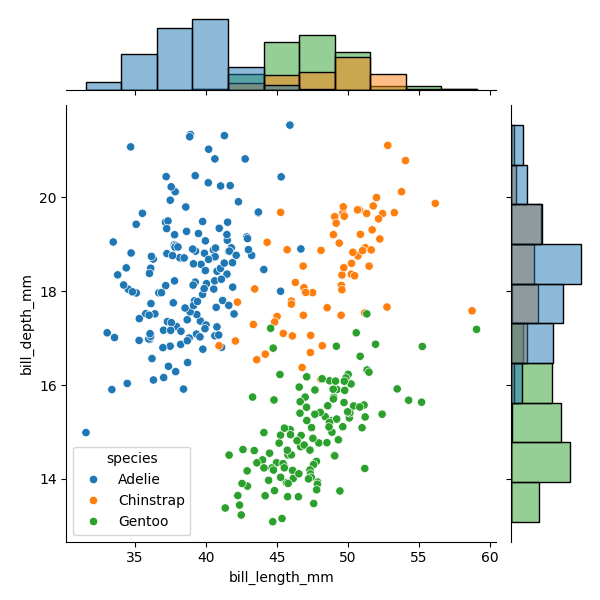
python, seaborn, JointGrid, scatterplot, histplot, hue